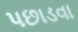
પછાડવા